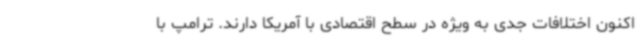
اکنون اختلافات جدی به ویژه در سطح اقتصادی با آمریکا دارند. ترامپ با